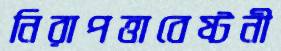
নিরাপত্তাবেষ্টনী